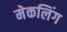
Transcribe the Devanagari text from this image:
मेकलिंग